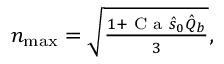
\begin{array} { r } { n _ { \operatorname* { m a x } } = \sqrt { \frac { 1 + \textrm { C a } \hat { s } _ { 0 } \hat { Q } _ { b } } { 3 } } , } \end{array}